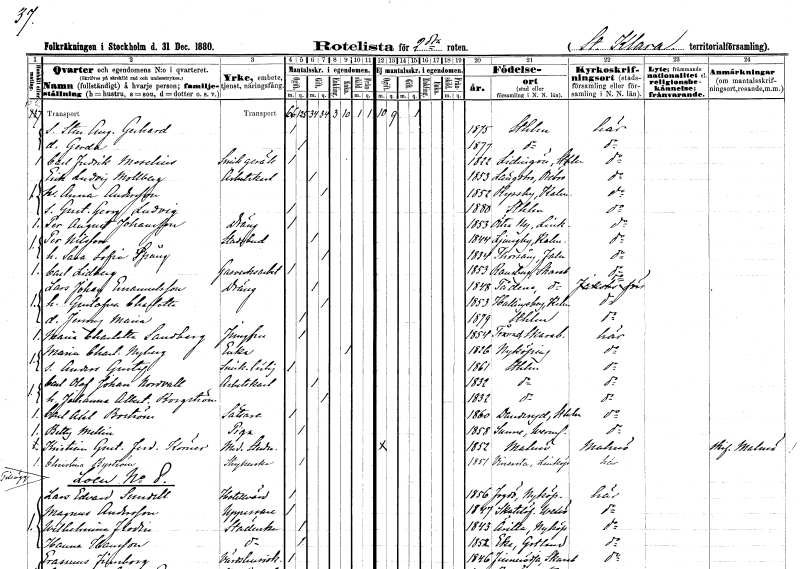
gt_parse: households: individuals: FN: Sten August Gerhard
KON: M
CIV: O
FODAR: 1875
FODFORS: Stockholm
FN: Gerda
KON: K
CIV: O
FODAR: 1877
FODFORS: Stockholm
FN: Carl Fredrik
EN: Moselius
YRKE: Snickaregesäll
KON: M
CIV: O
FODAR: 1822
FODFORS: Lidingö Stockholms län
FN: Erik Ludvig
EN: Mollberg
YRKE: Arbetskarl
KON: M
CIV: G
FODAR: 1853
FODFORS: Längbro Örebro län
FN: Anna
EN: Andersson
KON: K
CIV: G
FODAR: 1852
FODFORS: Ryssby Kalmar län
FN: Gustaf Georg Ludvig
KON: M
CIV: O
FODAR: 1880
FODFORS: Stockholm
FN: Per August
EN: Johansson
YRKE: Dräng
KON: M
CIV: O
FODAR: 1853
FODFORS: Östra Ny Östergötlands län
FN: Per
EN: Nilsson
YRKE: Stadsbud
KON: M
CIV: G
FODAR: 1844
FODFORS: Ljungby Kalmar län
FN: Sara Sofia
EN: Spång
KON: K
CIV: G
FODAR: 1834
FODFORS: Torsång Kopparbergs län
FN: Carl
EN: Lidberg
YRKE: Gasverksarbetare
KON: M
CIV: O
FODAR: 1853
FODFORS: Ransberg Skaraborgs län
FN: Lars Johan
EN: Emanuelsson
YRKE: Dräng
KON: M
CIV: G
FODAR: 1848
FODFORS: Tådene Skaraborgs län
FN: Gustafva Charlotta
KON: K
CIV: G
FODAR: 1853
FODFORS: Hallingeberg Kalmar län
FN: Jenny Maria
KON: K
CIV: O
FODAR: 1879
FODFORS: Stockholm
FN: Maria Charlotta
EN: Sandberg
YRKE: Jungfru
KON: K
CIV: O
FODAR: 1854
FODFORS: Tråvad Skaraborgs län
FN: Maria Charlotta
EN: Nyberg
YRKE: Änka
KON: K
CIV: E
FODAR: 1826
FODFORS: Nyköping Södermanlands län
FN: Anders Gustaf
YRKE: Snickarelärling
KON: M
CIV: O
FODAR: 1861
FODFORS: Stockholm
FN: Carl Olof Johan
EN: Nordvall
YRKE: Arbetskarl
KON: M
CIV: G
FODAR: 1832
FODFORS: Stockholm
FN: Johanna Albertina
EN: Borgström
KON: K
CIV: G
FODAR: 1832
FODFORS: Stockholm
FN: Carl Axel
EN: Boström
YRKE: Sättare
KON: M
CIV: O
FODAR: 1860
FODFORS: Danderyd Stockholms län
FN: Betty
EN: Mellin
YRKE: Piga
KON: K
CIV: O
FODAR: 1858
FODFORS: Sunne Värmlands län
FN: Kristian Gustaf Ferdinand
EN: Körner
YRKE: Medicine studerande
KON: M
CIV: O
FODAR: 1852
FODFORS: Malmö Malmöhus län
FN: Christina
EN: Byström
YRKE: Strykerska
KON: K
CIV: O
FODAR: 1851
FODFORS: Vinnerstad Östergötlands län